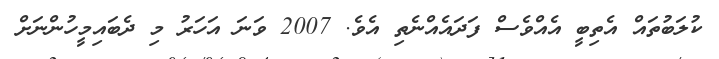
ކުލަބުތައް އެތިބީ އެއްވެސް ފަދައެއްނެތި އެވެ. 2007 ވަނަ އަހަރު މި ދެބައިމީހުންނަށް